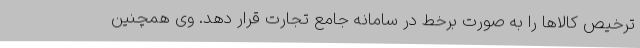
ترخیص کالاها را به صورت برخط در سامانه جامع تجارت قرار دهد. وی همچنین